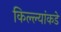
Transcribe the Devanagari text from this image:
किल्ल्यांकडे